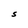
Character: S